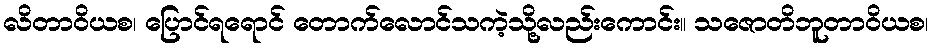
လိတာဝိယစ၊ ပြောင်ရရောင် တောက်လောင်သကဲ့သို့လည်းကောင်း။ သဇောတိဘူတာဝိယစ၊